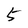
Character: 5